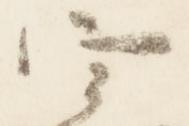
宰